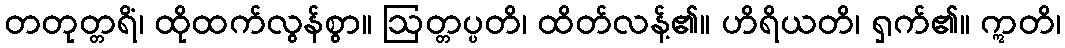
တတုတ္တရိံ၊ ထိုထက်လွန်စွာ။ ဩတ္တပ္ပတိ၊ ထိတ်လန့်၏။ ဟိရိယတိ၊ ရှက်၏။ ဣတိ၊